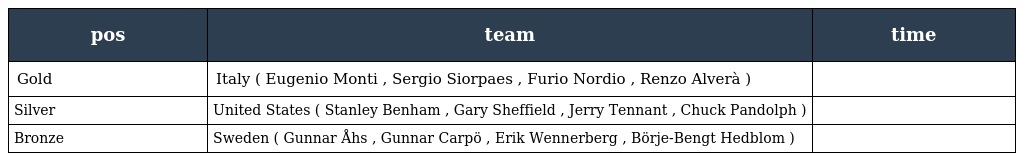
| pos | team | time |
 | --- | --- | --- |
 | Gold | Italy ( Eugenio Monti , Sergio Siorpaes , Furio Nordio , Renzo Alverà ) |  |
 | Silver | United States ( Stanley Benham , Gary Sheffield , Jerry Tennant , Chuck Pandolph ) |  |
 | Bronze | Sweden ( Gunnar Åhs , Gunnar Carpö , Erik Wennerberg , Börje-Bengt Hedblom ) |  |